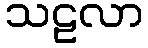
သဠလာ